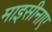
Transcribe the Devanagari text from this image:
माइसीनाए